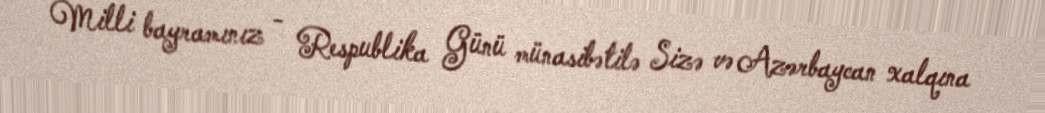
Milli bayramınız - Respublika Günü münasibətilə Sizə və Azərbaycan xalqına